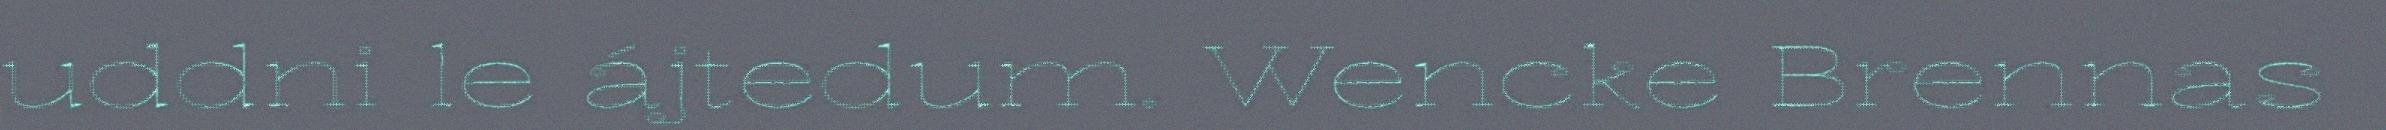
uddni le ájtedum. Wencke Brennas